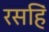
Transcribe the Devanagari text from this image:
रसहिं